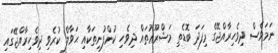
ނަމަވެސް ދިވެހިރާއްޖޭގެ މިފަދަ ބޮޑެތި މަޝްރޫޢުތައް ދިވެހި ކުންފުނިތަކާއި ޙަވާލް ކުރެވި ދިވެހިރާއްޖޭގައި